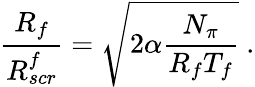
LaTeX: \frac{R_{f}}{R_{scr}^{f}}=\sqrt{2\alpha\frac{N_{\pi}}{R_{f}T_{f}}}\ .